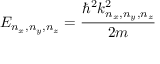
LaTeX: E _ { n _ { x } , n _ { y } , n _ { z } } = { \frac { \hbar ^ { 2 } k _ { n _ { x } , n _ { y } , n _ { z } } ^ { 2 } } { 2 m } }